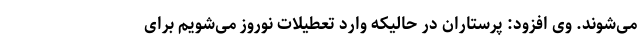
می‌شوند. وی افزود: پرستاران در حالیکه وارد تعطیلات نوروز می‌شویم برای